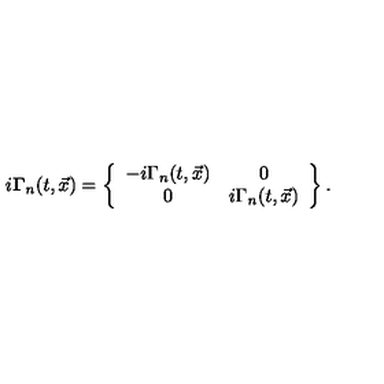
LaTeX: i { \bf \Gamma } _ { n } ( t , \vec { x } ) = \left\{ \begin{array} { c c } { - i \Gamma _ { n } ( t , \vec { x } ) } & { 0 } \\ { 0 } & { i \Gamma _ { n } ( t , \vec { x } ) } \\ \end{array} \right\} .